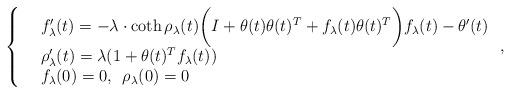
LaTeX: \begin{align*} \left \{\begin{array}{rl}&f_{\lambda}'(t) = -\lambda \cdot \coth \rho_{\lambda}(t) \bigg( I + \theta(t)\theta(t)^{T} + f_{\lambda}(t) \theta(t)^{T} \bigg) f_{\lambda}(t) - \theta'(t) \\&\rho_{\lambda}'(t) = \lambda (1 + \theta(t)^{T} f_{\lambda}(t)) \\&f_{\lambda}(0) = 0, \phantom{1} \rho_{\lambda}(0) = 0\end{array} \right., \end{align*}